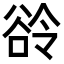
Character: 𬤲